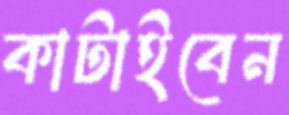
কাটাইবেন